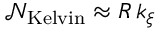
\mathcal { N } _ { \mathrm { K e l v i n } } \approx R \, k _ { \xi }